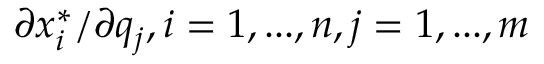
\partial x _ { i } ^ { * } / \partial q _ { j } , i = 1 , . . . , n , j = 1 , . . . , m